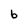
Character: 6